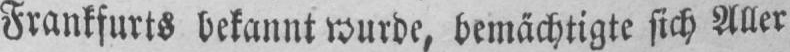
Frankfurts bekannt wurde, bemächtigte sich Aller